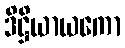
ဒိဋ္ဌိယာယကော